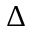
\Delta